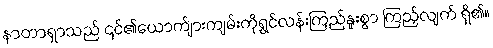
နာတာရှာသည် ၎င်၏ယောက်ျားကျမ်းကိုရွှင်လန်းကြည်နူးစွာ ကြည့်လျက် ရှိ၏။